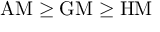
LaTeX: { \mathrm { A M } } \geq { \mathrm { G M } } \geq { \mathrm { H M } }